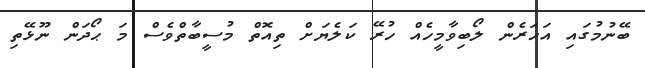
ބޭނުމުގައި އަހަރެން ލޯބިވާމީހެއް ހުރޭ ކަލެޔަށް ތިއޮތް މުސީބާތްވެސް މަ ޙޯދަން ނޫޅޭތި